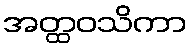
အတ္ထဝသိကာ